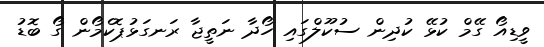
ވީޑިއޯ ގޭމް ކުޅޭ ކުދިން ސުކޫލްގައި ހޯދާ ނަތީޖާ ރަނގަޅުޕޮކެމޯން ގޯ ބޮޑު